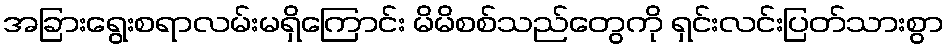
အခြားရွေးစရာလမ်းမရှိကြောင်း မိမိစစ်သည်တွေကို ရှင်းလင်းပြတ်သားစွာ